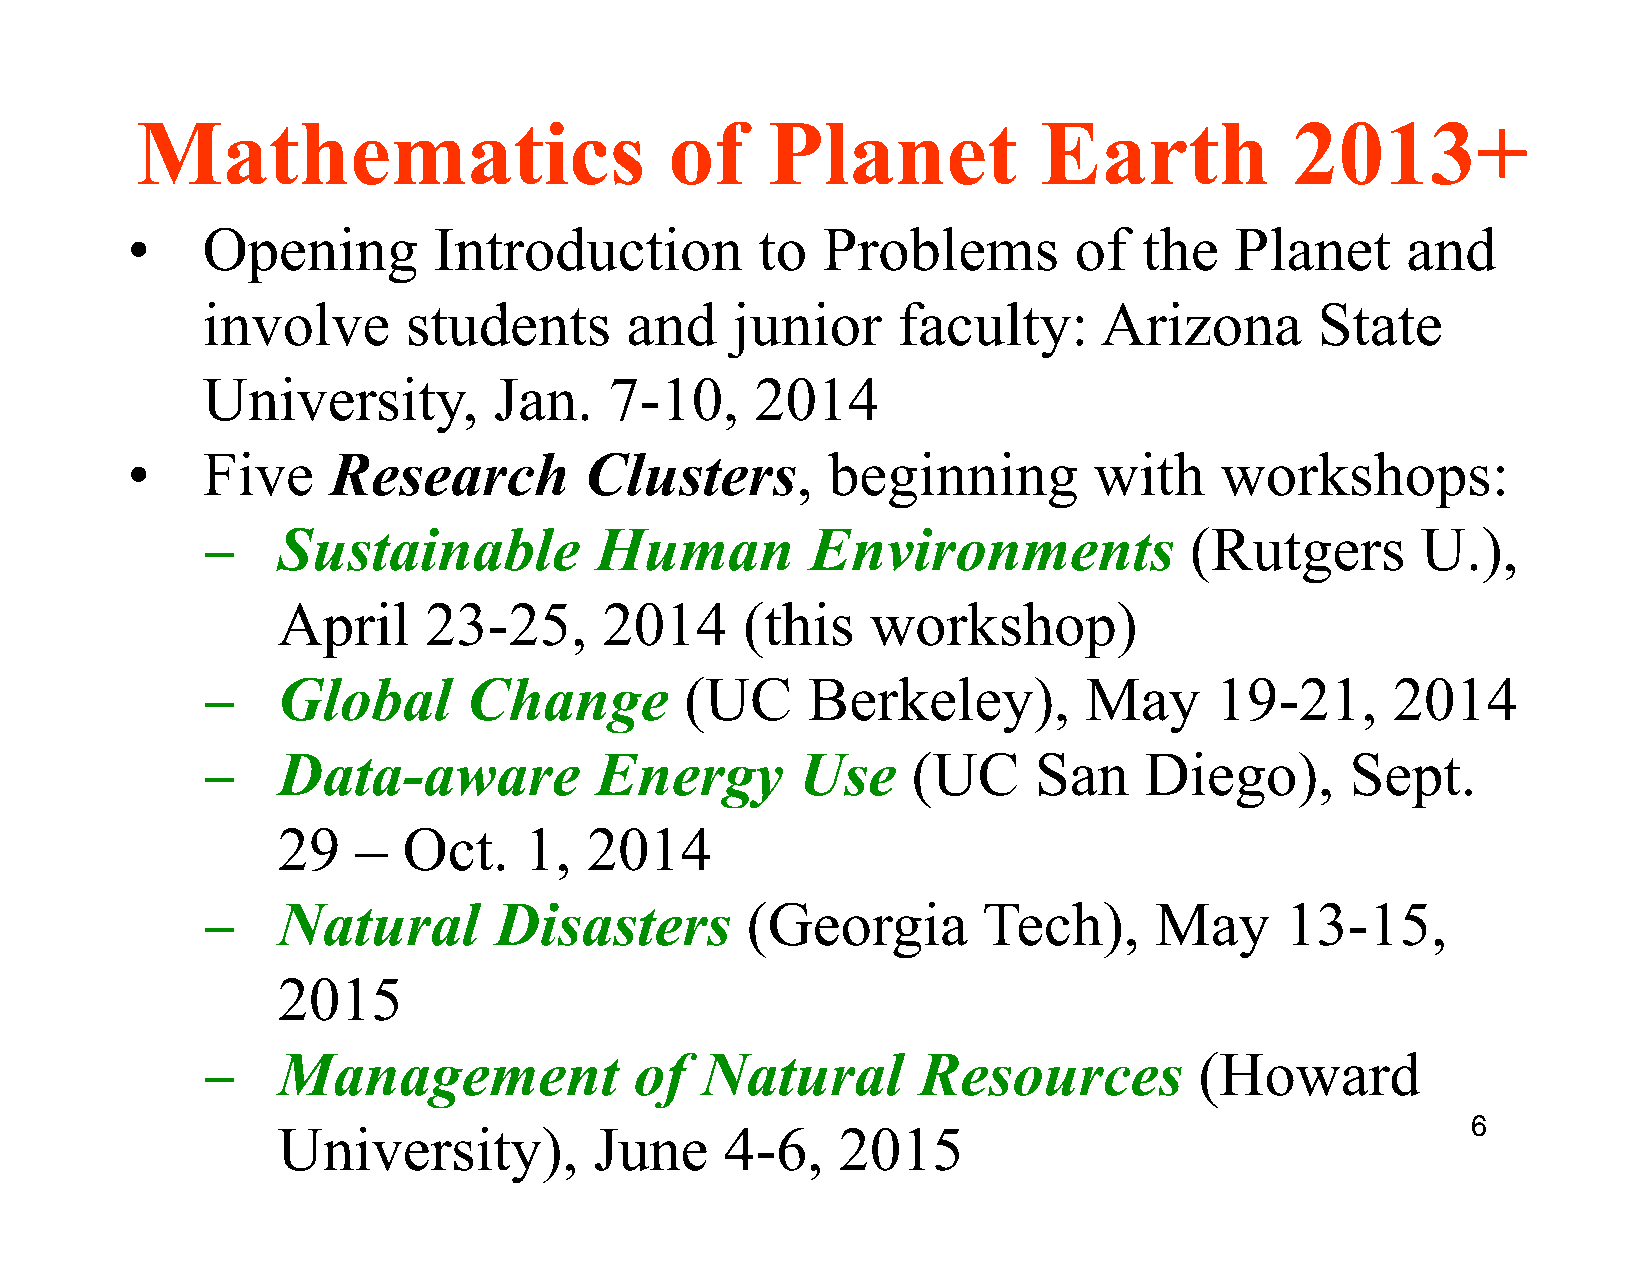
Mathematics                        of     Planet            Earth            2013+
 •    Opening         Introduction         to  Problems         of   the   Planet     and
 involve       students      and    junior     faculty:      Arizona       State
 University,         Jan.   7-10,     2014
 •    Five     Research         Clusters,       beginning        with     workshops:
 ­    Sustainable          Human          Environments             (Rutgers       U.),
 April     23-25,      2014     (this    workshop)
 ­    Global       Change        (UC     Berkeley),         May     19-21,      2014
 ­    Data-aware           Energy        Use    (UC     San     Diego),      Sept.
 29    –  Oct.    1,  2014
 ­    Natural        Disasters       (Georgia        Tech),     May      13-15,
 2015
 ­    Management              of  Natural        Resources         (Howard
 6
 University),         June     4-6,   2015